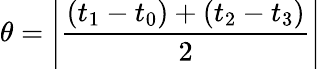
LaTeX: \theta=\left\vert{\frac{(t_{1}-t_{0})+(t_{2}-t_{3})}{2}}\right\vert